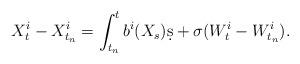
LaTeX: \begin{align*}X_t^i - X_{t_n}^i = \int_{t_n}^t b^i(X_s)\d s + \sigma(W_t^i - W_{t_n}^i).\end{align*}